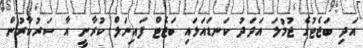
އަދި ބަޖެޓުގެ ޖުމުލަ އަދަދު ކަނޑައަޅައި ބަޖެޓް ފައިނަލް ކުރާނީ އާ ސަރުކާރުން